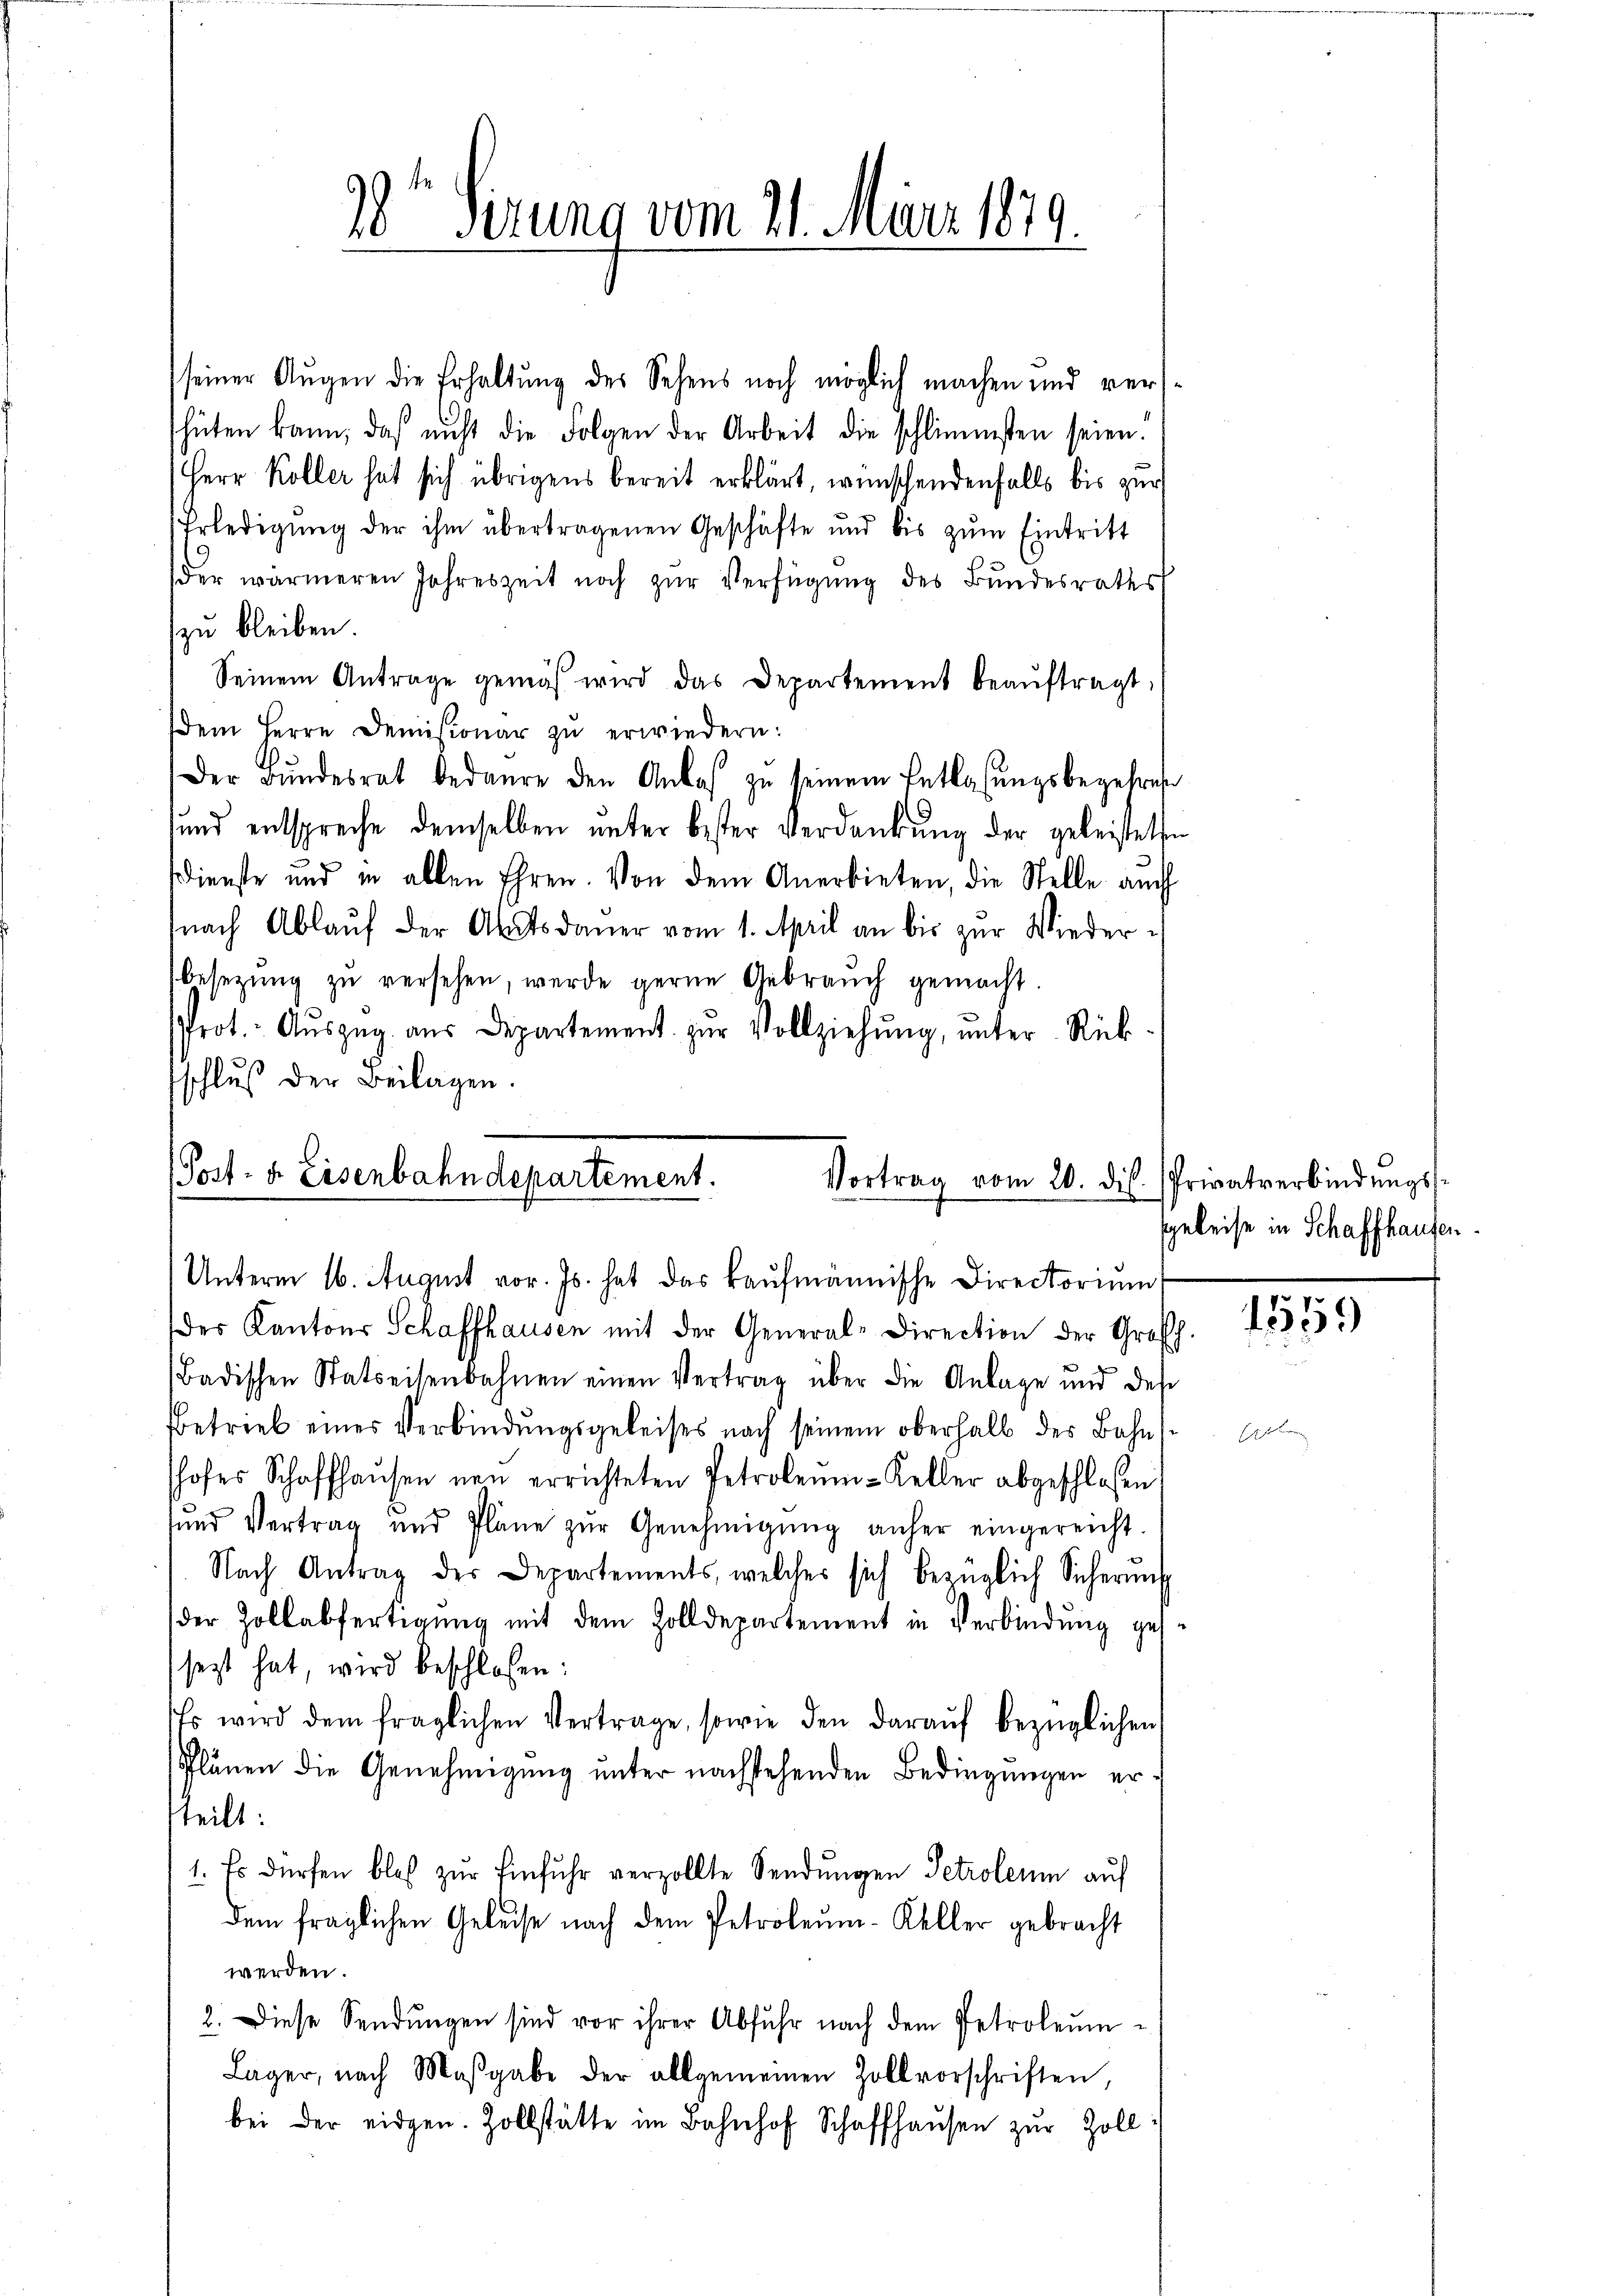
9.
10 sezung vom 21. März 1811.

seiner Augen die Erhaltung des Sehens noch möglich machen und vershüten kann, daß nicht die Folgen der Arbeit die schlimmsten seien.
Herr Koller hat sich übrigens bereit erklärt, wünschendenfalls bis zur
Erledigŭng der ihm übertragenen Geschäfte und bis zŭm Eintritt
der wärmeren Jahreszeit noch zŭr Verfügŭng des Bŭndesraths
zu bleiben.
Seinem Antrage gemäß wird das Departement beaŭftragt,
dem Herrn Demisionar zu erwiedern:
Der Bŭndesrat bedaure den Anlaβ zŭ seinem Entlasŭngsbegehres
und entspreche demselben unter bester verdankung der geleistette
ddienste und in allen Ehren. Von dem Anerbieten, die Stelle auch
nach Ablaŭf der Amtsdaŭer vom 1. April an bis zŭr Wiederbesetzung zu versehen, werde gerne Gebrauch gemacht.
rot. Aŭszŭg aŭs Departement zŭr Vollziehŭng ŭnter Rück-
schluß der Beilagen.

(Post- u. Eisenbahndepartement.
Vortrag vom 20. dis
Unterm 16. August vor. Js. hat das kaufmännische Directorium

der Kantons Schaffhausen mit der General-Direction der Großh
Badischen Statseisenbahnen einen Vertrag über die Anlage und des
betrieb eines Verbindungsgeleises nach seinem oberhalb des Bahns
shofes Schaffhaŭsen neu errichteten Petroleum-Keller abgeschlossen
tŭnd Vertrag und Pläne zŭr Genehmigŭng anher eingereicht.
Nach Antrag der Departements, welcher sich bezüglich Sicherŭng
der Zollabfertigŭng mit dem Zolldepartement in Verbindŭng ges.
sezt hat, wird beschlossen:
Es wird dem fraglichen Vertrage, sowie den daraŭf bezüglichen
Schlänen die Genehmigung unter nachstehenden Bedingungen er
teilt:
1. Es dürfen bloß zur Einfuhr verzollte Sendungen Petroleum auf
dem fraglichen Geleise nach dem Petroleum-Keller gebracht
werden.
2. Diese Sendungen sind vor ihrer Abfuhr nach dem Petroleum¬
Lager, nach Maβgabe der allgemeinen Zollvorschriften,
bei der eidgen. Zollstätte im Bahnhof Schaffhaŭsen zŭr Zoll¬

Privatverbindungsgeleise in Schaffhausen.

1559